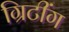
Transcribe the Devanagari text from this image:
ग्रिटींग